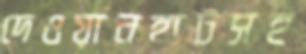
দেওয়ানহাটসহ